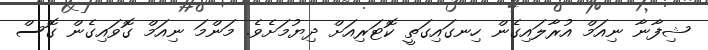
ޝިފާނާ ނިއަމް އުރާލައިގެން ހިނގައިގަތީ ކޮޓަރިއަށް ދިޔުމަށެވެ. މަންމަ ނިއަމް ގޮވައިގެން ގޮސް